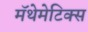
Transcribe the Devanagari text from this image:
मॅथेमेटिक्स